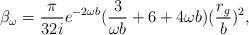
LaTeX: \begin{align*}\beta_\omega=\frac{\pi}{32i}e^{-2\omega b}(\frac{3}{\omega b}+6+4\omega b)(\frac{r_g}{b})^2,\end{align*}